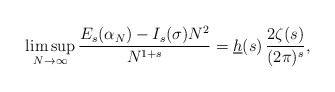
\begin{align*}\limsup_{N\rightarrow\infty}\frac{E_{s}(\alpha_{N})-I_{s}(\sigma) N^{2}}{N^{1+s}}=\underline{h}(s)\,\frac{2\zeta(s)}{(2\pi)^{s}},\end{align*}